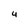
Character: 4